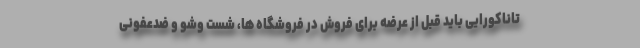
تاناکورایی باید قبل از عرضه برای فروش در فروشگاه ها، شست وشو و ضدعفونی